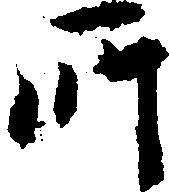
所